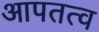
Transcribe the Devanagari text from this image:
आपतत्व